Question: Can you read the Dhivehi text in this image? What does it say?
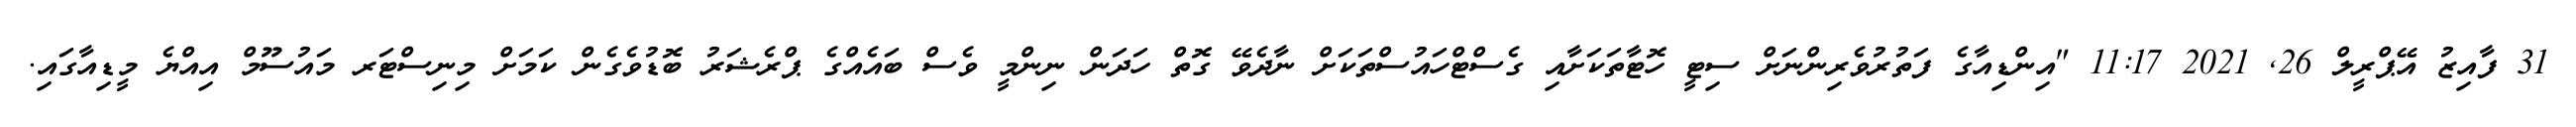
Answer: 31 ފާއިޒު އޭޕްރީލް 26, 2021 11:17 "އިންޑިއާގެ ފަތުރުވެރިންނަށް ސިޓީ ހޮޓާތަކަށާއި ގެސްޓްހައުސްތަކަށް ނާދެވޭ ގޮތް ހަދަން ނިންމީ ވެސް ބައެއްގެ ޕްރެޝަރު ބޮޑުވެގެން ކަމަށް މިނިސްޓަރ މައުސޫމް އިއްޔެ މީޑިއާގައި.